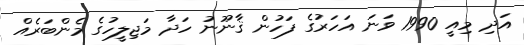
އަދި މިއީ 1990 ވަނަ އަހަރުގެ ފަހުން ޤާނޫނު ހަދާ މަޖިލީހުގެ މެންބަރެއް